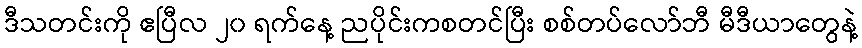
ဒီသတင်းကို ဧပြီလ ၂၀ ရက်နေ့ ညပိုင်းကစတင်ပြီး စစ်တပ်လော်ဘီ မီဒီယာတွေနဲ့